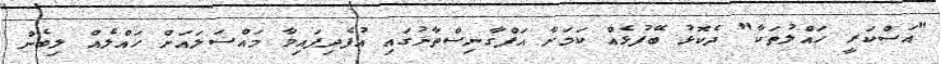
"އަސްކަރީ ހައްލުތަކާ" ދެކޮޅު ބޭފުޅެއް ކަމަށާ އަފްގާނިސްތާނުގައި އުފެދިފައިވާ މައްސަލައަށް ހައްލެއް ލިބެން